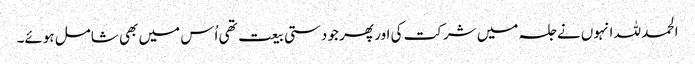
الحمد للہ انہوں نے جلسہ میں شرکت کی اور پھر جو دستی بیعت تھی اُس میں بھی شامل ہوئے۔